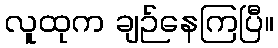
လူထုက ချဉ်နေကြပြီ။